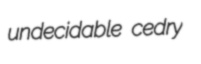
undecidable cedry